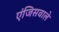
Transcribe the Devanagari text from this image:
एंजिसवाले